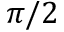
\pi / 2